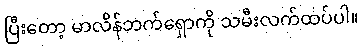
ပြီးတော့ မာလိန်ဘက်ရှောကို သမီးလက်ထပ်ပါ။